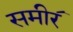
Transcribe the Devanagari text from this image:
समीर॔